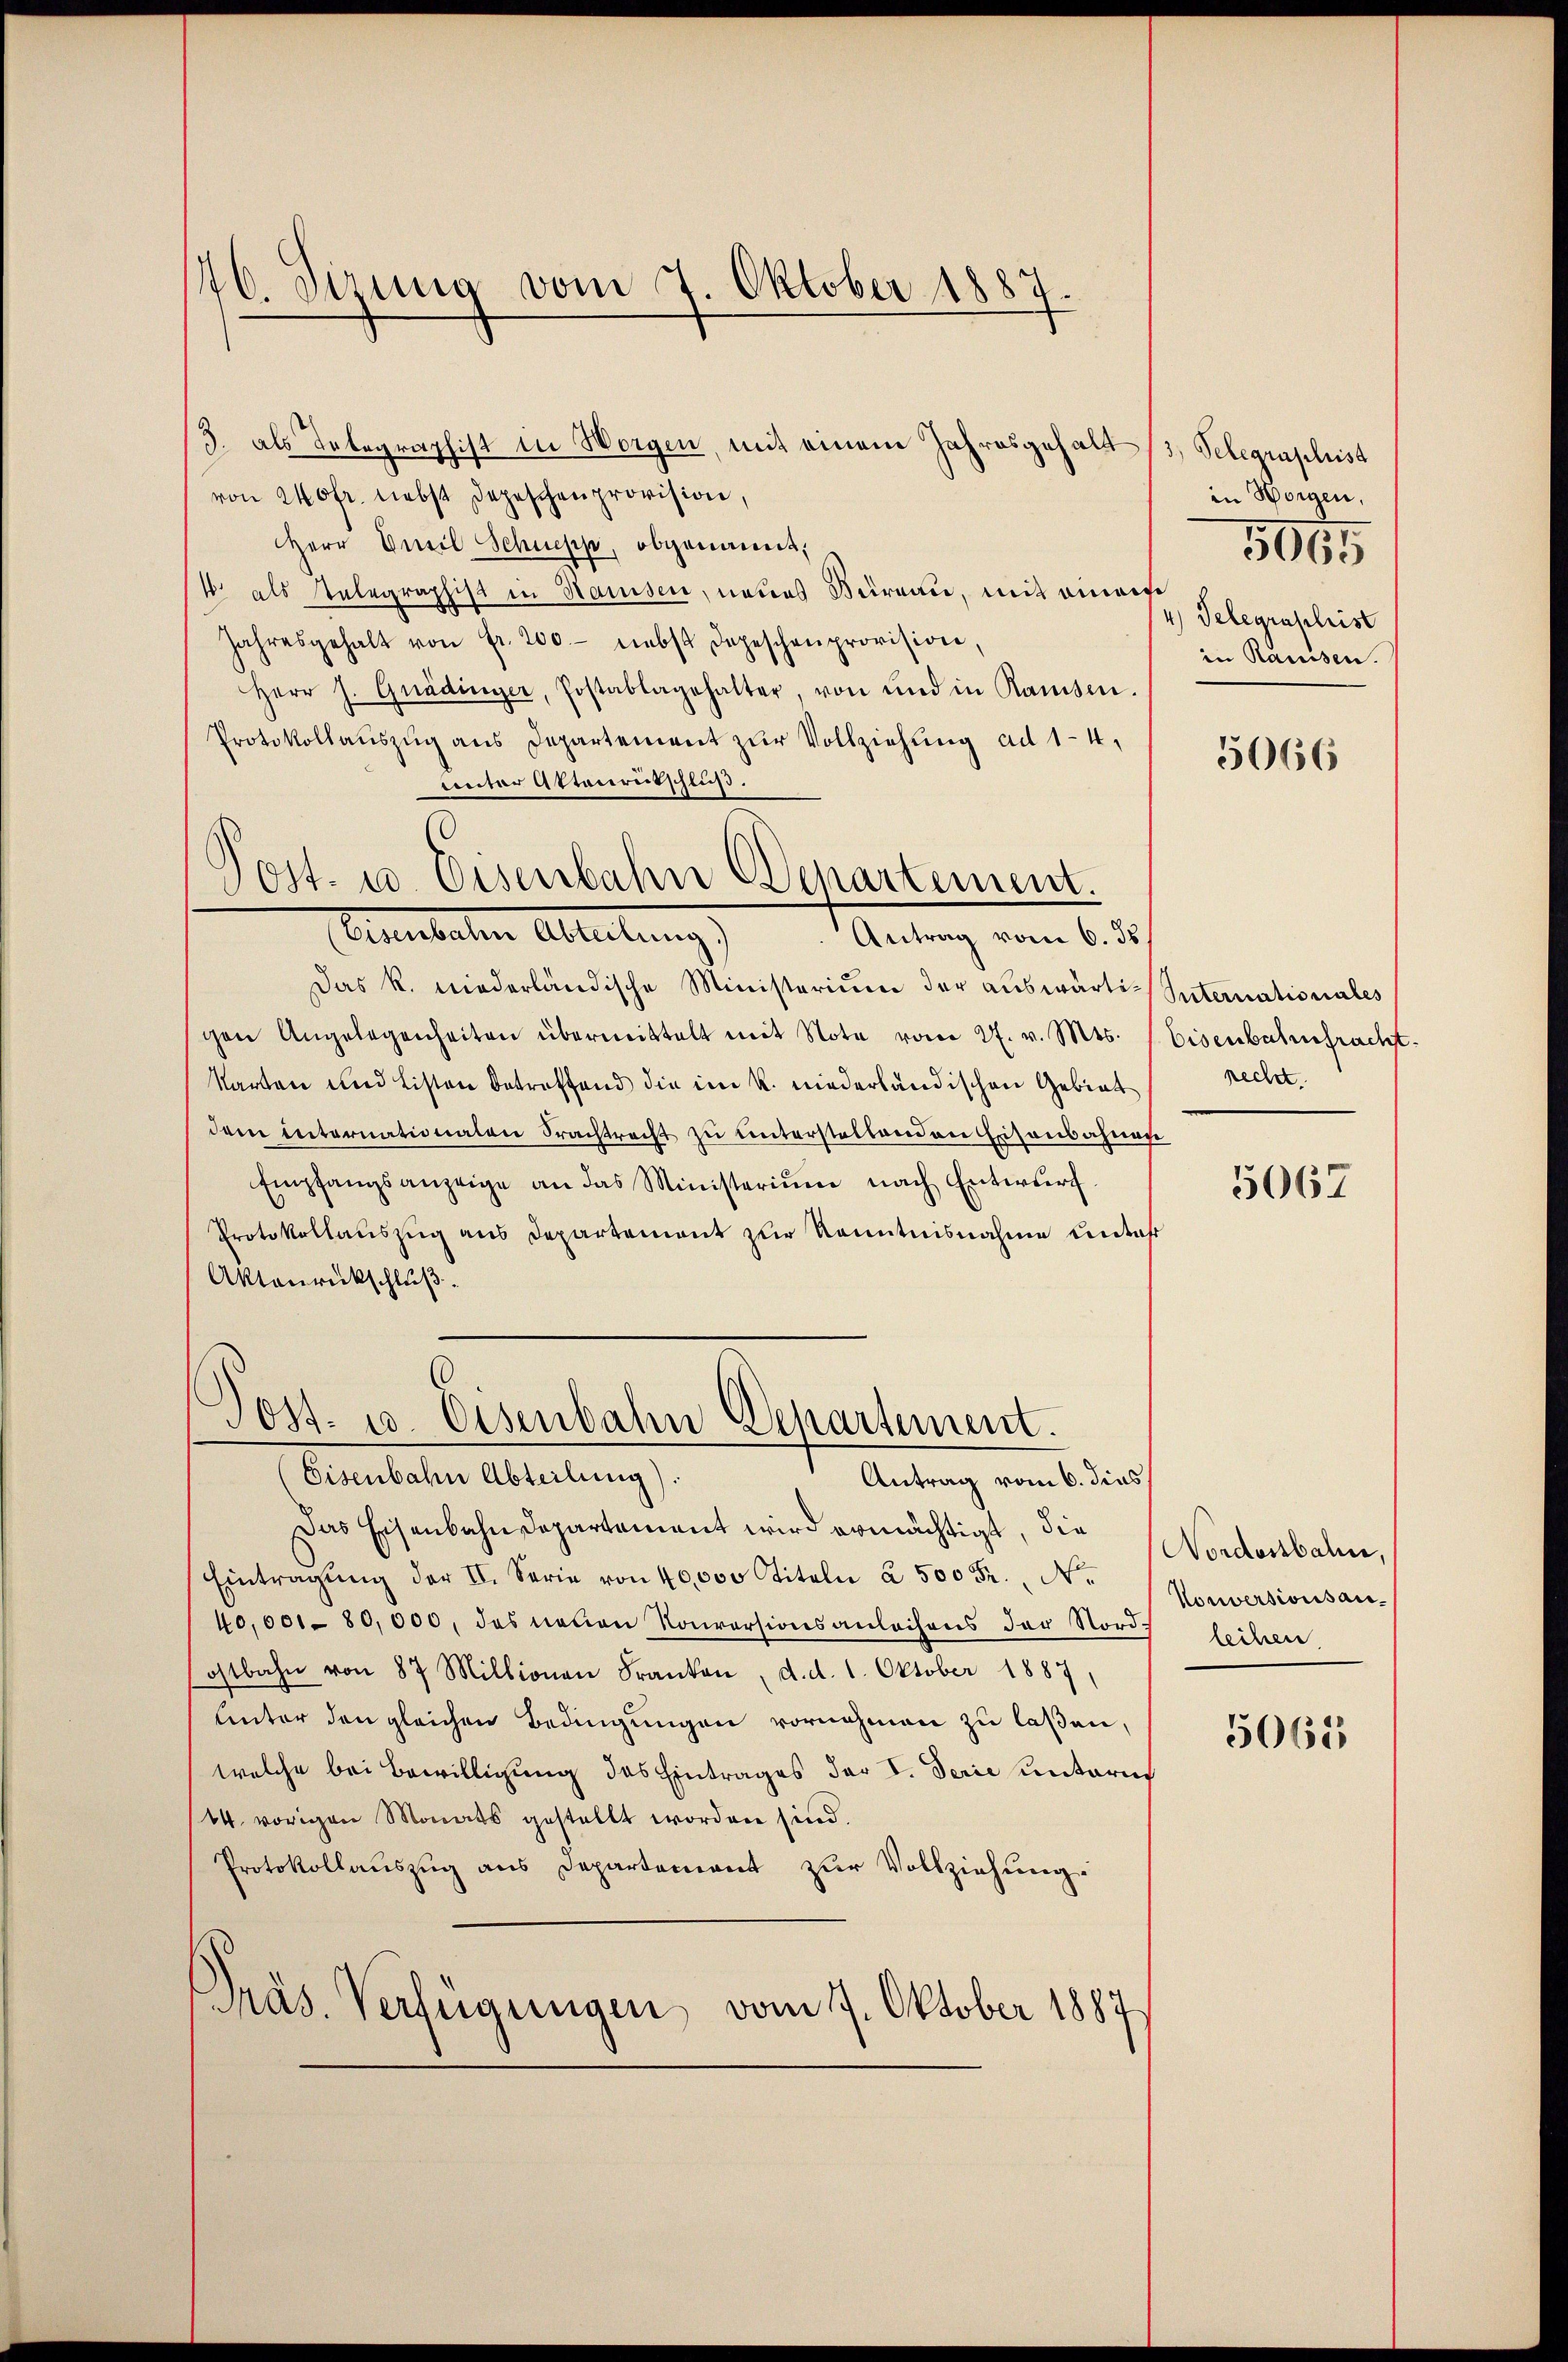
176. Sezung vom 7. Oktober 1887.

3. als Telegraphist in Worgen, mit einem Jahresgehalt /3, Telegraphisa
von 240 fr. nebst Depeschenprovision,
Herr Unsil Schnepp, obgenannt,
4 als Telegraphist in Hausen, neues Büreau, mit einem
Jahresgehalt von fr. 200.- nebst Depeschenprovision,
Herr J. Guadinger, Postablagehalter, von und in Ramsen.
Protokollauszug aus Departement zur Vollziehung ad 1-4.
unter Ottenrutschluß.
Das R. niederländische Ministerium der auswärtigen Angelegenheiten übermittelt mit Note vom 27. v. Mts.
Karten und Listen betreffend die im R. niederländischen Gebiet
dem internationalen Frachtracht zu unterstellenden Eisenbahnen
Empfangsanzeige an das Ministerium nach Entwŭrf
Protokollauszug aus Departement zur Kenntnisnahme unter
Aktoŭrückschlŭβ
Post- u. Osenbahn Departement.
(Eisenbahn Abteilung).
Antrag vom 6. dies
Das Eisenbahndepartement wird ermächtigt, die
Eintragŭng der II. Serie von 40,000 Titeln à 500 Fr., N.
40,001-80,000, das neuen Konversionsanleihens der Nords löchere
ostbahn von 87 Millionen Franken, d. d. 1. Oktober 1887,
Unter den gleichen Bedingungen vornehmen zu laßen,
welche bei Bewilligung des Eintrages der I. Serie untern
14. vorigen Monats gestellt worden sind.
Protokollauszug aus Departement zur Vollziehung.
Präs. Verfügungen, vom 7. Oktober 1887

Post- u Eisenbahn Departement.
Aabachen Ableitungs
Antrag vom 6. ds

in Horgen,
4) Telegraphist
in Raussen.

505

5066

Suternationales
Eisenbahnefracht.
recht.

5067

Nordostbahne,
Nouversionsan¬

5065